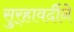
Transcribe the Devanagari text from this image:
सुर्‍हावर्दीने